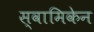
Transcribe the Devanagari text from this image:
स्वामिकेन